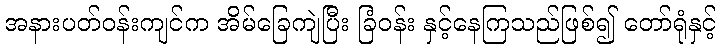
အနားပတ်ဝန်းကျင်က အိမ်ခြေကျဲပြီး ခြံဝန်း နှင့်နေကြသည်ဖြစ်၍ တော်ရုံနှင့်